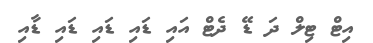
އިޓް ޓިލް ދަ ޑޭ ދެޓް އައި ޑައި ޑައި ޑައި ޑާއި